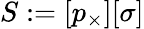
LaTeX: \begin{array}{r}{S:=[p_{\times}][\sigma]}\end{array}